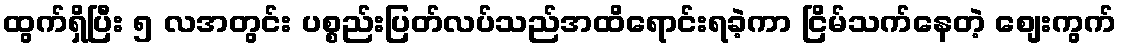
ထွက်ရှိပြီး ၅ လအတွင်း ပစ္စည်းပြတ်လပ်သည်အထိရောင်းရခဲ့ကာ ငြိမ်သက်နေတဲ့ စျေးကွက်